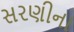
સરણીના